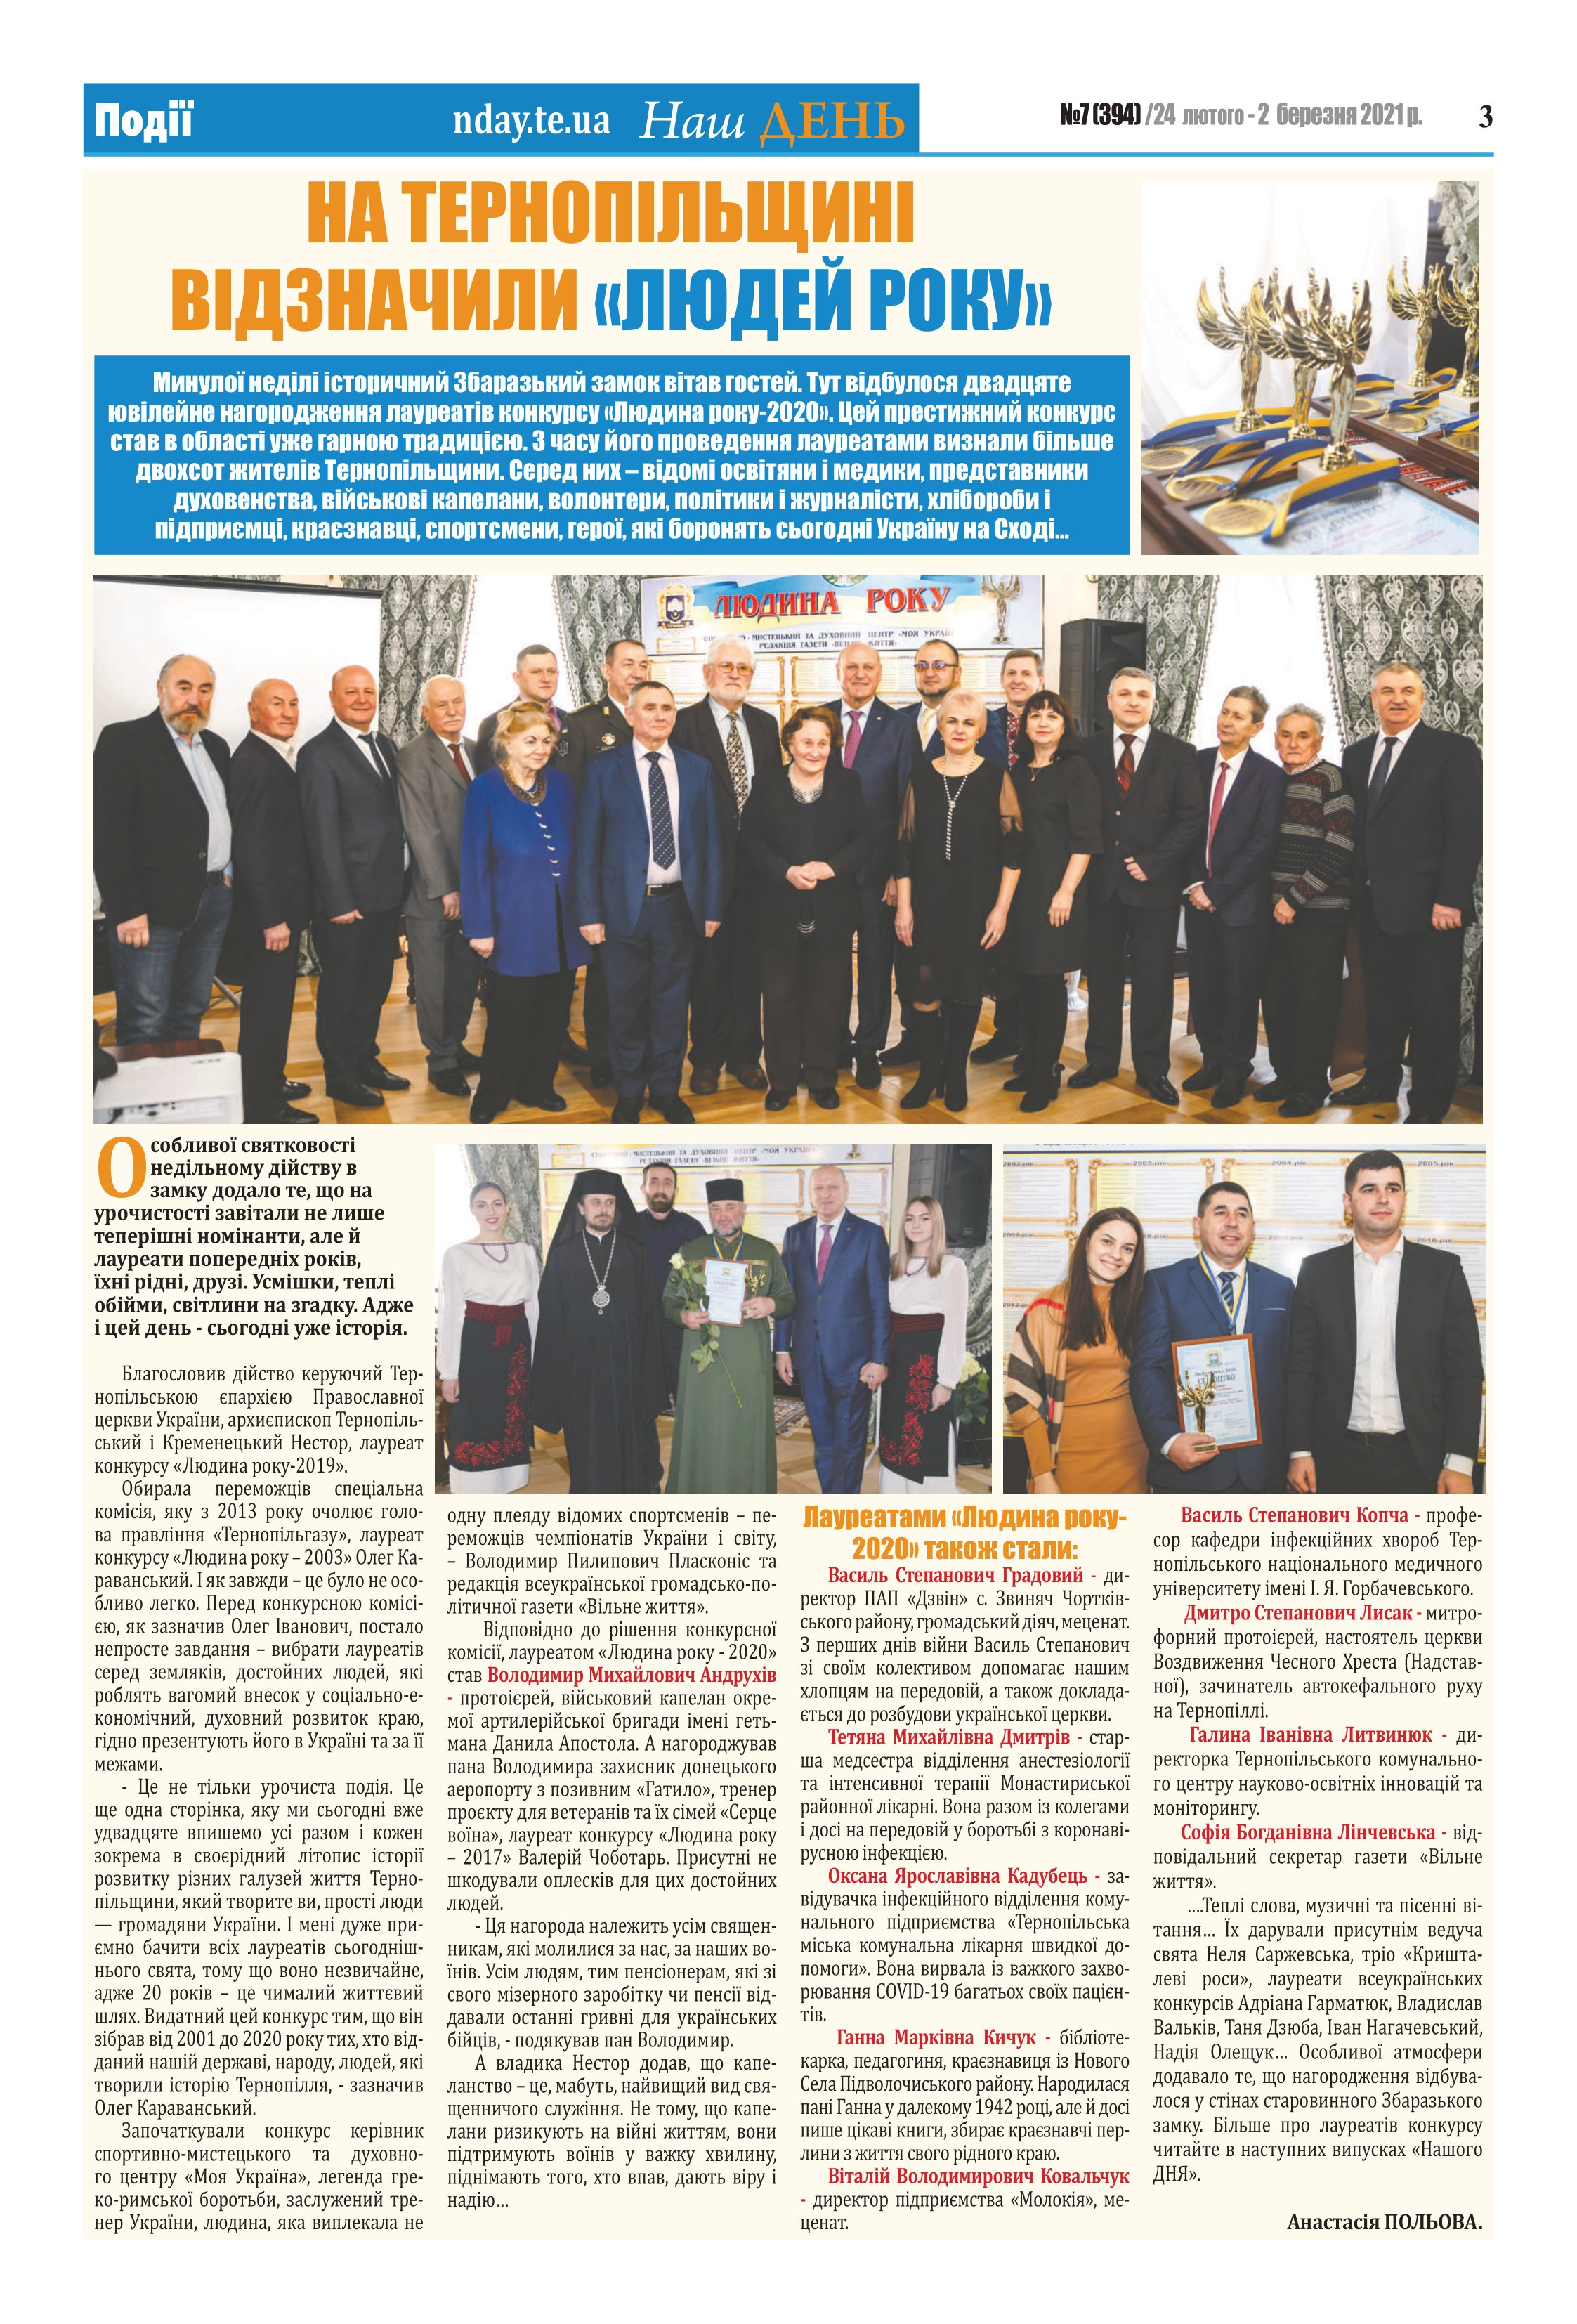
Language: uk